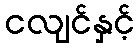
ငလျင်နှင့်